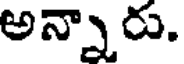
అన్నారు.